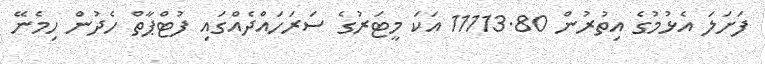
ފަށަލަ އެޅުމުގެ އިތުރުން 11113.80 އަކަ މީޓަރުގެ ސަރަހައްދެއްގައި ފުޓްޕާތް ހެދުން ހިމެނޭ